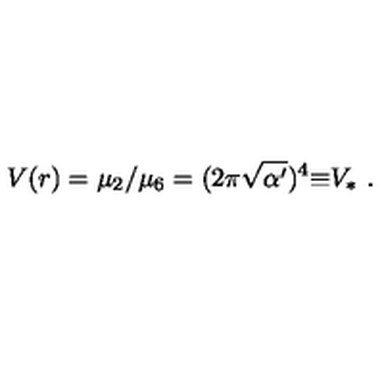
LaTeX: V ( r ) = \mu _ { 2 } / \mu _ { 6 } = ( 2 \pi \sqrt { \alpha ^ { \prime } } ) ^ { 4 } { \equiv } V _ { * } \ .